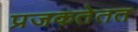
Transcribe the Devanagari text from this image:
प्रजकतेतत